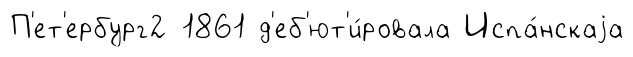
П'ет'ербург2 1861 д'еб'ют'и́ровала Испа́нскаjа